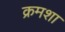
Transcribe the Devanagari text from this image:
क्रमशा